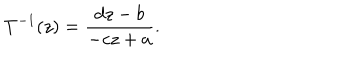
LaTeX: T ^ { - 1 } ( z ) = \frac { d z - b } { - c z + a } .